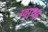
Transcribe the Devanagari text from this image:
ग्वांग्झ